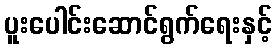
ပူးပေါင်းဆောင်ရွက်ရေးနှင့်